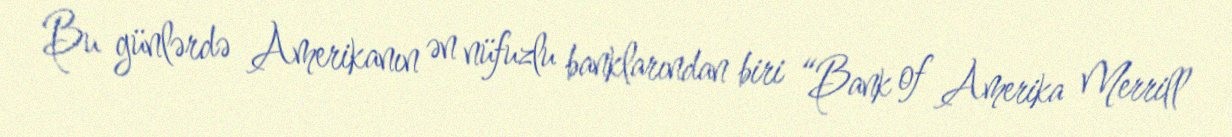
Bu günlərdə Amerikanın ən nüfuzlu banklarından biri “Bank of Amerika Merrill